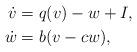
LaTeX: \begin{align*}\dot{v} &= q(v) - w + I, \\\dot{w} &= b (v - c w),\end{align*}